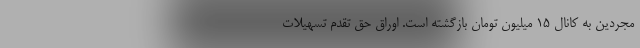
مجردین به کانال ۱۵ میلیون تومان بازگشته است. اوراق حق تقدم تسهیلات